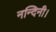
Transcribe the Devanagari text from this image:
नन्दिनी।